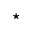
^ \star